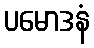
ပမောဒနံ